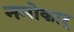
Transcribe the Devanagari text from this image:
नमोकार्